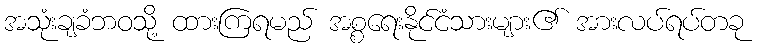
အသုံးချခံဘဝသို့ ထားကြရမည် အစ္စရေးနိုင်ငံသားများ၏ အားလပ်ရပ်တခု